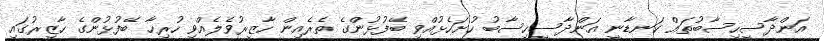
އަންދާސީހިސާބުތައް ކަނޑާނީ އަންދާސީހިސާބު ހުށަހެޅުއްވި ބޭފުޅުންގެ ތެރެއިން ހާޒިރުވެލެއްވި ހުރިހާ ބޭފުޅުންގެ ހާޒިރުގައި